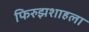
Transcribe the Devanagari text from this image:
फिरुझशाहला